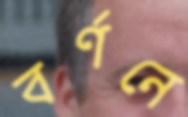
বর্ণনে